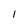
Character: 1